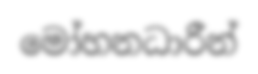
මෝහනධාරීන්